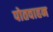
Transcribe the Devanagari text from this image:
पोतवाहन